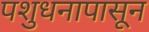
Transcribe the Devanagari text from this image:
पशुधनापासून